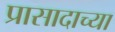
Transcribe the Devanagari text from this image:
प्रासादाच्या